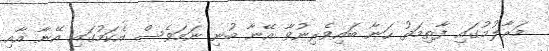
މަރާލުމުގައި ފާތިމަތު ހަނާ ބައިވެރިނުވާ އޭނާ ބުނި ނަމަވެސް އެކަމުގައި އޭނާ އާއި